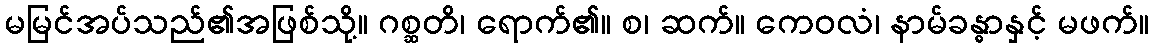
မမြင်အပ်သည်၏အဖြစ်သို့။ ဂစ္ဆတိ၊ ရောက်၏။ စ၊ ဆက်။ ကေဝလံ၊ နာမ်ခန္ဓာနှင့် မဖက်။